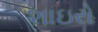
શાઇરો